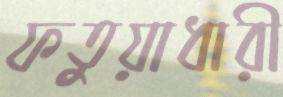
ফতুয়াধারী